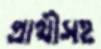
প্রার্থীসহ